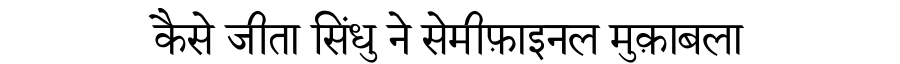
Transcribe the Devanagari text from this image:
कैसे जीता सिंधु ने सेमीफ़ाइनल मुक़ाबला